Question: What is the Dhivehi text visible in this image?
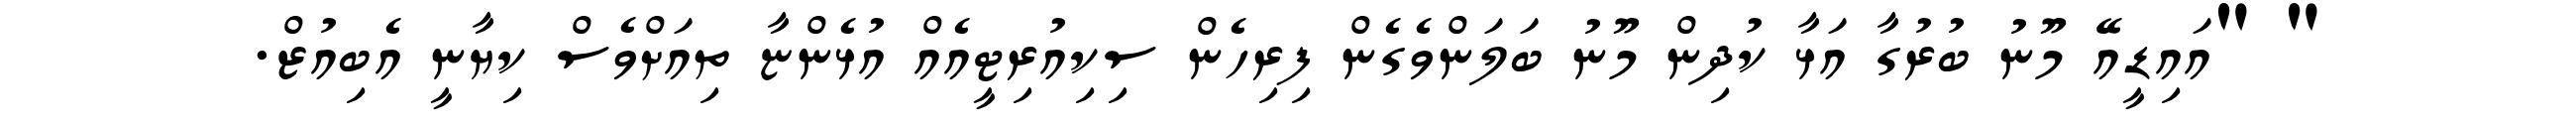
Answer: " "އައިޑީއޭ މޫނު ބުރުގާ އަޅާ ކުދިން މޫނު ބަލަންވެގެން ފިރިހެން ސިކިއުރިޓީއެއް އުޅެންޏާ ތިއަށްވެސް ކިޔާނީ އެބިއުޒް.